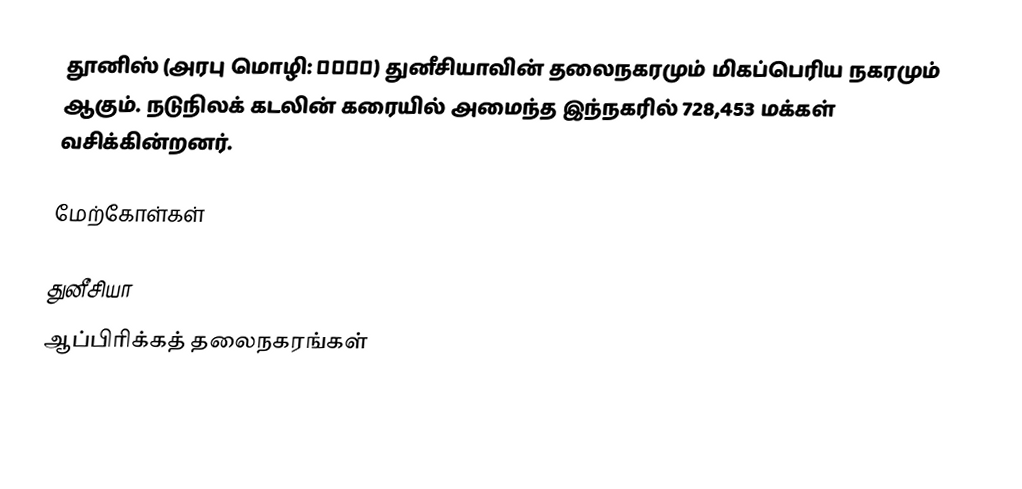
தூனிஸ் (அரபு மொழி: تونس) துனீசியாவின் தலைநகரமும் மிகப்பெரிய நகரமும் ஆகும். நடுநிலக் கடலின் கரையில் அமைந்த இந்நகரில் 728,453 மக்கள் வசிக்கின்றனர்.

மேற்கோள்கள்

துனீசியா
ஆப்பிரிக்கத் தலைநகரங்கள்